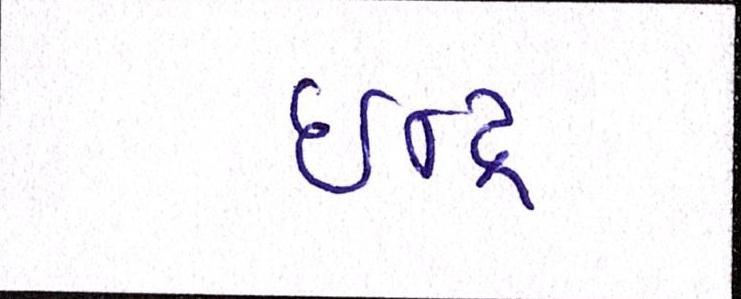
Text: ઈન્દ્ર